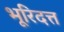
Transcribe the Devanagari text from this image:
भूरिदत्त